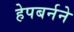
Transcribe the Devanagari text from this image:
हेपबर्नने